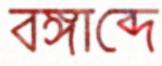
বঙ্গাব্দে